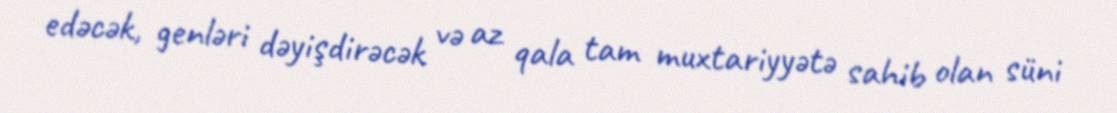
edəcək, genləri dəyişdirəcək və az qala tam muxtariyyətə sahib olan süni